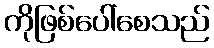
ကိုဖြစ်ပေါ်စေသည်